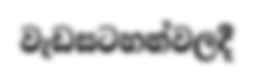
වැඩසටහන්වලදී